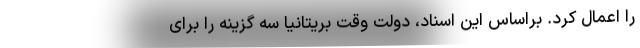
را اعمال کرد. براساس این اسناد، دولت وقت بریتانیا سه گزینه را برای